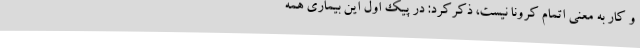
و کار به معنی اتمام کرونا نیست، ذکرکرد: در پیک اول این بیماری همه